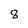
Character: 8